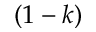
( 1 - k )